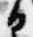
白